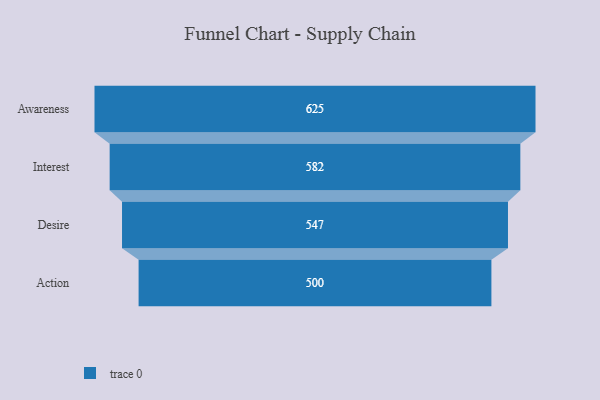
{"axis": {"x": "Stage", "y": "Value"}, "legend": [""], "data": [{"x": "Awareness", "y": 625.0, "type": ""}, {"x": "Interest", "y": 582.0, "type": ""}, {"x": "Desire", "y": 547.0, "type": ""}, {"x": "Action", "y": 500, "type": ""}]}